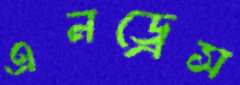
এনড্রেস